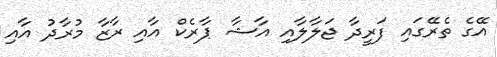
އޭގެ ތެރޭގައި ފަރީދާ ޖަލާލާއި އާޝާ ޕާރެކް އާއި ރާޒާ މުރާދު އާއި